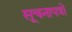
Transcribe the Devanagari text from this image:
सूचनापत्रों